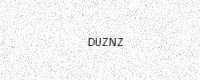
Text: DUZNZ